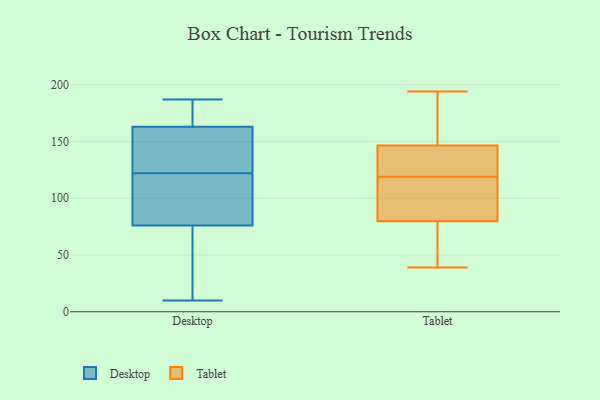
{"axis": {"x": "Operating Costs (USD K)", "y": "Value"}, "legend": ["Desktop", "Tablet"], "data": [{"x": "", "y": 163, "type": "Desktop"}, {"x": "", "y": 76, "type": "Desktop"}, {"x": "", "y": 181, "type": "Desktop"}, {"x": "", "y": 136, "type": "Desktop"}, {"x": "", "y": 39, "type": "Desktop"}, {"x": "", "y": 108, "type": "Desktop"}, {"x": "", "y": 42, "type": "Desktop"}, {"x": "", "y": 184, "type": "Desktop"}, {"x": "", "y": 10, "type": "Desktop"}, {"x": "", "y": 88, "type": "Desktop"}, {"x": "", "y": 151, "type": "Desktop"}, {"x": "", "y": 108, "type": "Desktop"}, {"x": "", "y": 187, "type": "Desktop"}, {"x": "", "y": 156, "type": "Desktop"}, {"x": "", "y": 67, "type": "Tablet"}, {"x": "", "y": 154, "type": "Tablet"}, {"x": "", "y": 145, "type": "Tablet"}, {"x": "", "y": 151, "type": "Tablet"}, {"x": "", "y": 124, "type": "Tablet"}, {"x": "", "y": 127, "type": "Tablet"}, {"x": "", "y": 39, "type": "Tablet"}, {"x": "", "y": 168, "type": "Tablet"}, {"x": "", "y": 84, "type": "Tablet"}, {"x": "", "y": 65, "type": "Tablet"}, {"x": "", "y": 194, "type": "Tablet"}, {"x": "", "y": 47, "type": "Tablet"}, {"x": "", "y": 108, "type": "Tablet"}, {"x": "", "y": 119, "type": "Tablet"}, {"x": "", "y": 121, "type": "Tablet"}, {"x": "", "y": 112, "type": "Tablet"}, {"x": "", "y": 90, "type": "Tablet"}]}